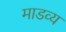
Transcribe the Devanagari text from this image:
माडव्य